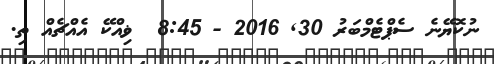
ނުކޮޔޭނެ ސެޕްޓެމްބަރު 30